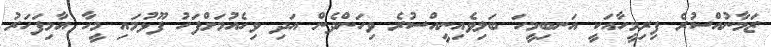
ޒަމާނުއްސުރެ ފިރިމީހާއަކީ އަނބިމީހަ ބަލިވެއިނީއްސުރެ ވިހަންދެން އަދި ވިހެއުމަށްފަހު ފޫޅުމައި މީހާ އާމިފަހަރު